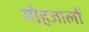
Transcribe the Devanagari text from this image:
मोहजालों